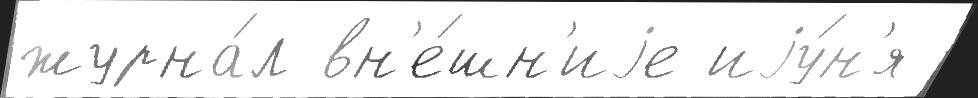
журна́л вн'е́шн'иjе иjу́н'я